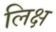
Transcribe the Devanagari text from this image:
लिक्ष